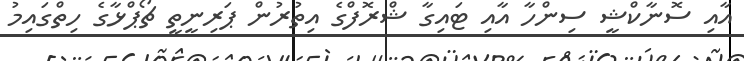
އާއި ސޮނާކްޝީ ސިންހާ އާއި ޓައިގާ ޝްރޮފްގެ އިތުރުން ޕަރިނީތީ ޗޯޕްޅާގެ ހިތްގައިމު